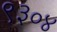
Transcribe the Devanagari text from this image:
९३०४